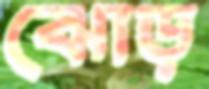
ঝোড়